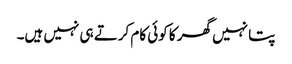
پتا نہیں گھر کا کوئی کام کرتے ہی نہیں ہیں۔